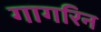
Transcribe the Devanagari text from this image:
गागरिन